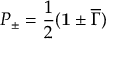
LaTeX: P _ { \pm } = \frac { 1 } { 2 } ( { \bf 1 } \pm { \overline { { \Gamma } } } )